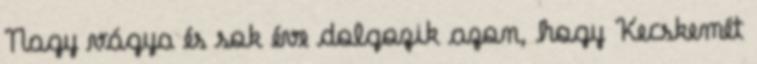
Nagy vágya és sok éve dolgozik azon, hogy Kecskemét